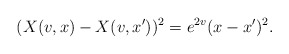
\begin{align*}(X(v,x)-X(v,x'))^2 = e^{2v}(x-x')^2.\end{align*}